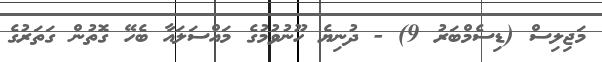
މަޖިލިސް (ޑިސެމްބަރު 9) - ދުނިޔެ ހޫނުވުމުގެ މައްސަލައާ ބެހޭ ގޮތުން ގަތަރުގެ